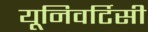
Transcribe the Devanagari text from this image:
यूनिवर्टिसी